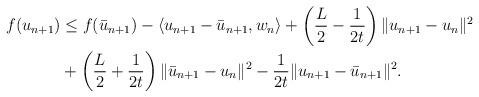
LaTeX: \begin{align*}\begin{aligned}f(u_{n+1}) &\leq f(\bar{u}_{n+1}) - \langle u_{n+1}-\bar{u}_{n+1}, w_n\rangle + \left( \frac{L}{2} - \frac{1}{2t}\right) \lVert u_{n+1} - u_n \rVert^2 \\& + \left( \frac{L}{2} + \frac{1}{2t}\right) \lVert \bar{u}_{n+1} - u_n \rVert^2 - \frac{1}{2t} \lVert u_{n+1}-\bar{u}_{n+1}\rVert^2.\end{aligned}\end{align*}